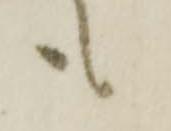
も